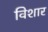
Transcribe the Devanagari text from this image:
विशार